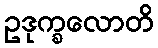
ဥဒုက္ခလောတိ